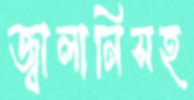
জ্বালানিসহ